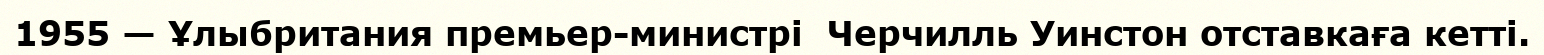
1955 — Ұлыбритания премьер-министрі  Черчилль Уинстон отставкаға кетті.